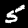
Label: 5